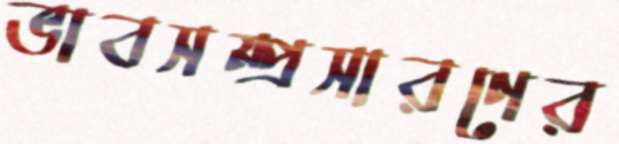
ভাবসম্প্রসারণের